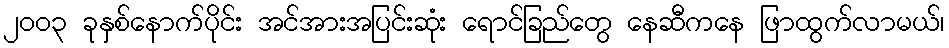
၂ဝဝ၃ ခုနှစ်နောက်ပိုင်း အင်အားအပြင်းဆုံး ရောင်ခြည်တွေ နေဆီကနေ ဖြာထွက်လာမယ်၊